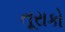
તૂરાકો